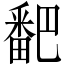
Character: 𬏓